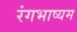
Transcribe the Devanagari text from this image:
रंगभाष्यम